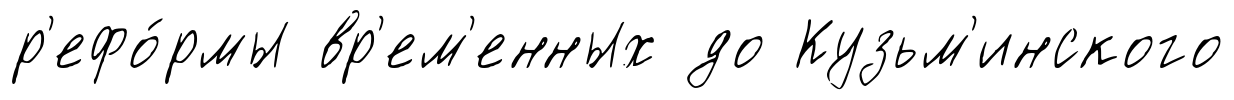
р'ефо́рмы вр'ем'енных до Кузьм'инского